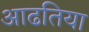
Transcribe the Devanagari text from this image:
आढतिया